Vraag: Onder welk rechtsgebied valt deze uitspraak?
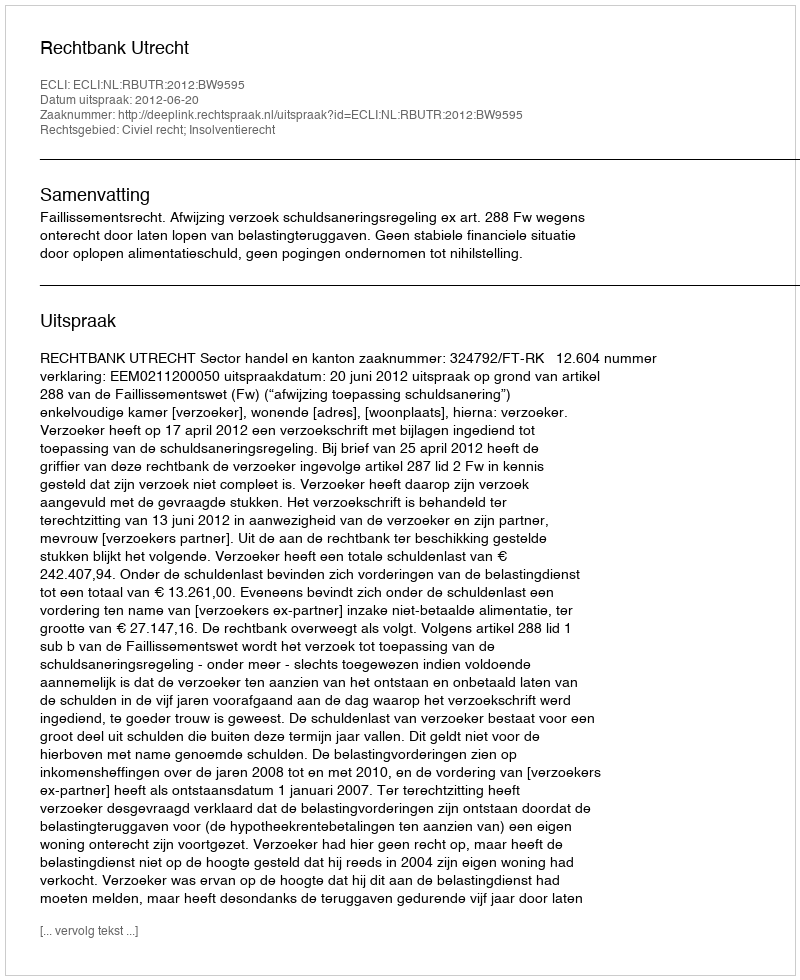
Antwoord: Civiel recht; Insolventierecht